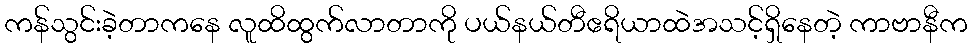
ကန်သွင်းခဲ့တာကနေ လူထိထွက်လာတာကို ပယ်နယ်တီဧရိယာထဲအသင့်ရှိနေတဲ့ ကာဗာနီက